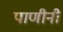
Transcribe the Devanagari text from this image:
पाणीनी